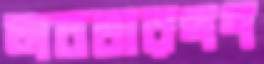
অবতারগণ